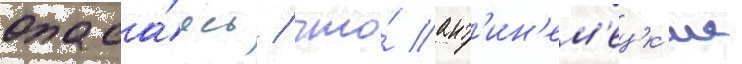
Опаса́ясь / что́ ант'ин'ем'ецк'ие